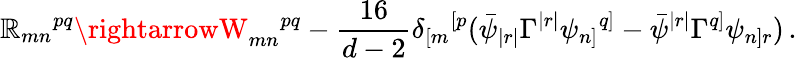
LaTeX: \mathbb{R}_{mn}{}^{pq}\rightarrowW_{mn}{}^{pq}-\frac{{16}}{{d-2}}\delta_{[m}{}^{[p}(\bar{{\psi}}_{|r|}\Gamma^{|r|}\psi_{n]}{}^{q]}-\bar{{\psi}}^{|r|}\Gamma^{q]}\psi_{n]r})\, .